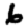
Digit: 6